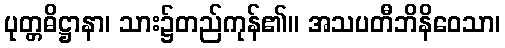
ပုတ္တဓိဋ္ဌာနာ၊ သား၌တည်ကုန်၏။ အသပတီဘိနိဝေသာ၊